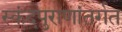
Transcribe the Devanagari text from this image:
स्कंदपुराणांतर्गत